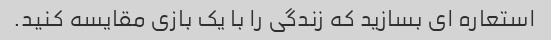
استعاره ای بسازید که زندگی را با یک بازی مقایسه کنید.